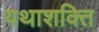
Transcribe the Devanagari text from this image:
यथाशक्ति